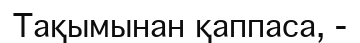
Тақымынан қаппаса, -